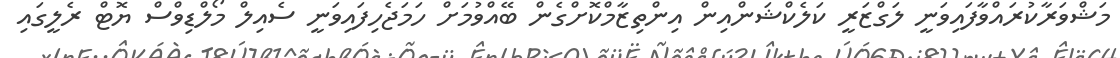
މަޝްވަރާކުރައްވާފައިވަނީ ލަގްޒަރީ ކަލެކްޝަންއިން އިންތިޒާމްކޮށްގެން ބޭއްވުމަށް ހަމަޖެހިފައިވަނީ ސެއިލް މޯލްޑިވްސް ޔޮޓް ރެލީގައި